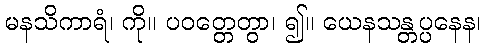
မနသိကာရံ၊ ကို။ ပဝတ္တေတွာ၊ ၍။ ယေနသန္တပ္ပနေန၊